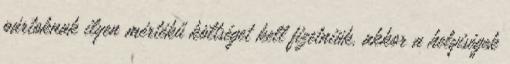
pártoknak ilyen mértékű költséget kell fizetniük, akkor a helyiségek